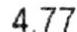
4.77